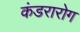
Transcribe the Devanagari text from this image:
कंडरारोग